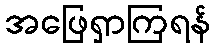
အဖြေရှာကြရန်